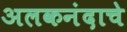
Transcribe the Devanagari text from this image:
अलकनंदाचे